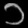
Digit: ၁